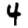
Digit: 4